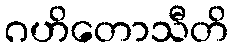
ဂဟိတောသီတိ